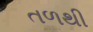
તળથી